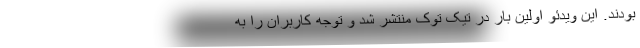
بودند. این ویدئو اولین بار در تیک توک منتشر شد و توجه کاربران را به